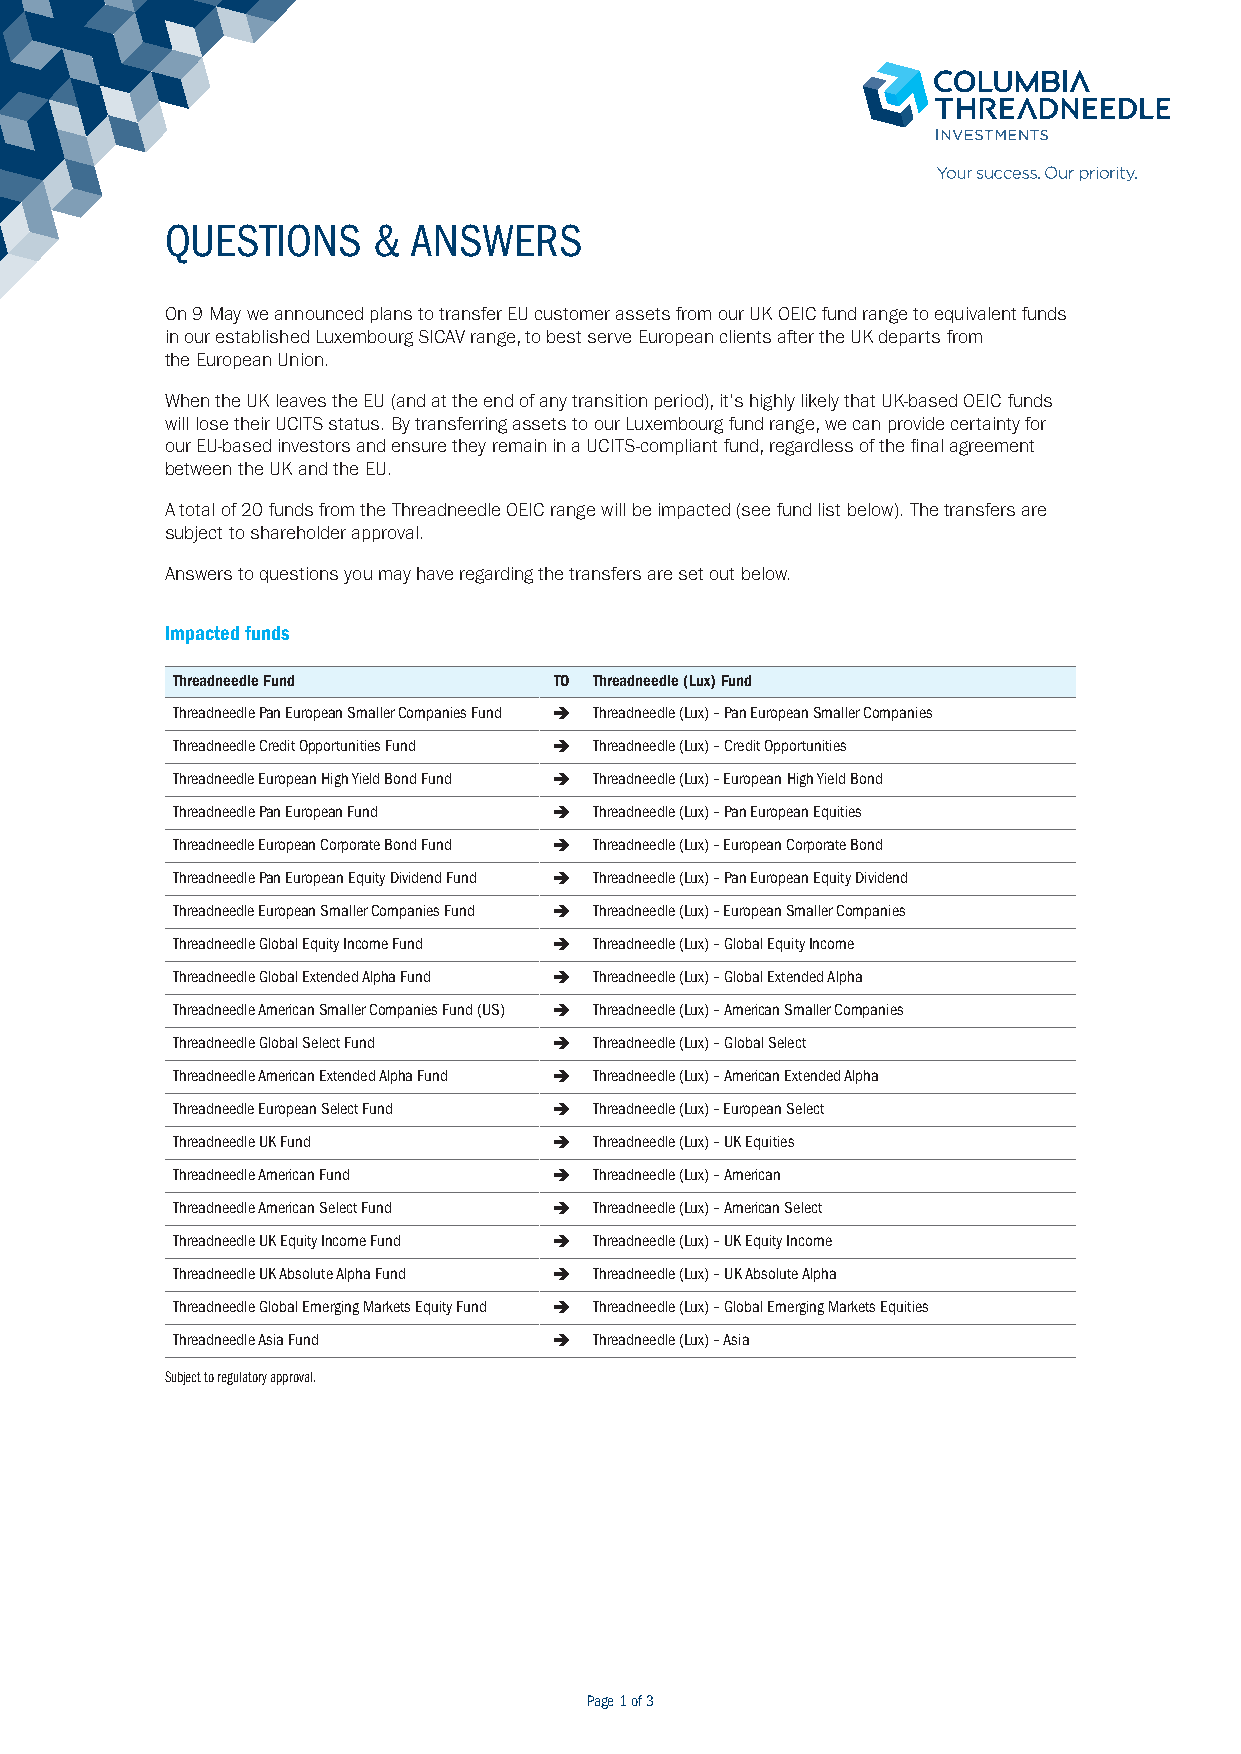
QUESTIONS     & ANSWERS
 On 9 May we announced plans to transfer EU customer assets from our UK OEIC fund range to equivalent funds
 in our established Luxembourg SICAV range, to best serve European clients after the UK departs from
 the European Union.
 When the UK leaves the EU (and at the end of any transition period), it’s highly likely that UK-based OEIC funds
 will lose their UCITS status. By transferring assets to our Luxembourg fund range, we can provide certainty for
 our EU-based investors and ensure they remain in a UCITS-compliant fund, regardless of the final agreement
 between the UK and the EU.
 A total of 20 funds from the Threadneedle OEIC range will be impacted (see fund list below). The transfers are
 subject to shareholder approval.
 Answers to questions you may have regarding the transfers are set out below.
 Impacted funds
 Threadneedle Fund         TO Threadneedle (Lux) Fund
 Threadneedle Pan European Smaller Companies Fund è Threadneedle (Lux) – Pan European Smaller Companies
 Threadneedle Credit Opportunities Fund è Threadneedle (Lux) – Credit Opportunities
 Threadneedle European High Yield Bond Fund è Threadneedle (Lux) – European High Yield Bond
 Threadneedle Pan European Fund è Threadneedle (Lux) – Pan European Equities
 Threadneedle European Corporate Bond Fund è Threadneedle (Lux) – European Corporate Bond
 Threadneedle Pan European Equity Dividend Fund è Threadneedle (Lux) – Pan European Equity Dividend
 Threadneedle European Smaller Companies Fund è Threadneedle (Lux) – European Smaller Companies
 Threadneedle Global Equity Income Fund è Threadneedle (Lux) – Global Equity Income
 Threadneedle Global Extended Alpha Fund è Threadneedle (Lux) – Global Extended Alpha
 Threadneedle American Smaller Companies Fund (US) è Threadneedle (Lux) – American Smaller Companies
 Threadneedle Global Select Fund è Threadneedle (Lux) – Global Select
 Threadneedle American Extended Alpha Fund è Threadneedle (Lux) – American Extended Alpha
 Threadneedle European Select Fund è Threadneedle (Lux) – European Select
 Threadneedle UK Fund      è Threadneedle (Lux) – UK Equities
 Threadneedle American Fund è Threadneedle (Lux) – American
 Threadneedle American Select Fund è Threadneedle (Lux) – American Select
 Threadneedle UK Equity Income Fund è Threadneedle (Lux) – UK Equity Income
 Threadneedle UK Absolute Alpha Fund è Threadneedle (Lux) – UK Absolute Alpha
 Threadneedle Global Emerging Markets Equity Fund è Threadneedle (Lux) – Global Emerging Markets Equities
 Threadneedle Asia Fund    è Threadneedle (Lux) – Asia
 Subject to regulatory approval.
 Page 1 of 3